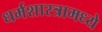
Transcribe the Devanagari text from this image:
धर्मशास्त्रामध्ये